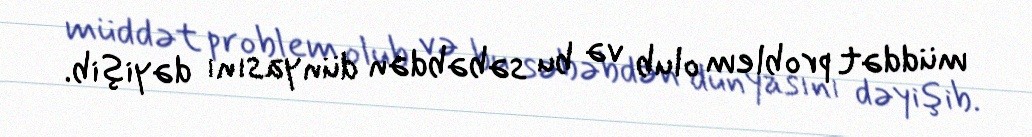
müddət problem olub və bu səbəbdən dünyasını dəyişib.